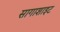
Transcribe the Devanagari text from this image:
सागाशाइट